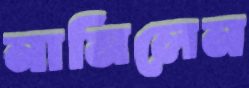
নামিলেন